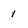
Character: 1